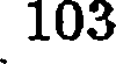
103